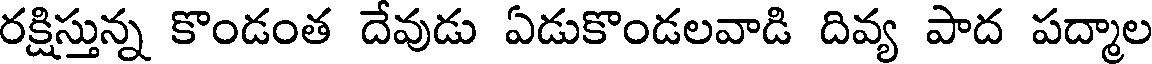
రక్షిస్తున్న కొండంత దేవుడు ఏడుకొండలవాడి దివ్య పాద పద్మాల